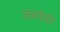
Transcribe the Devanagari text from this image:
तलवेदी